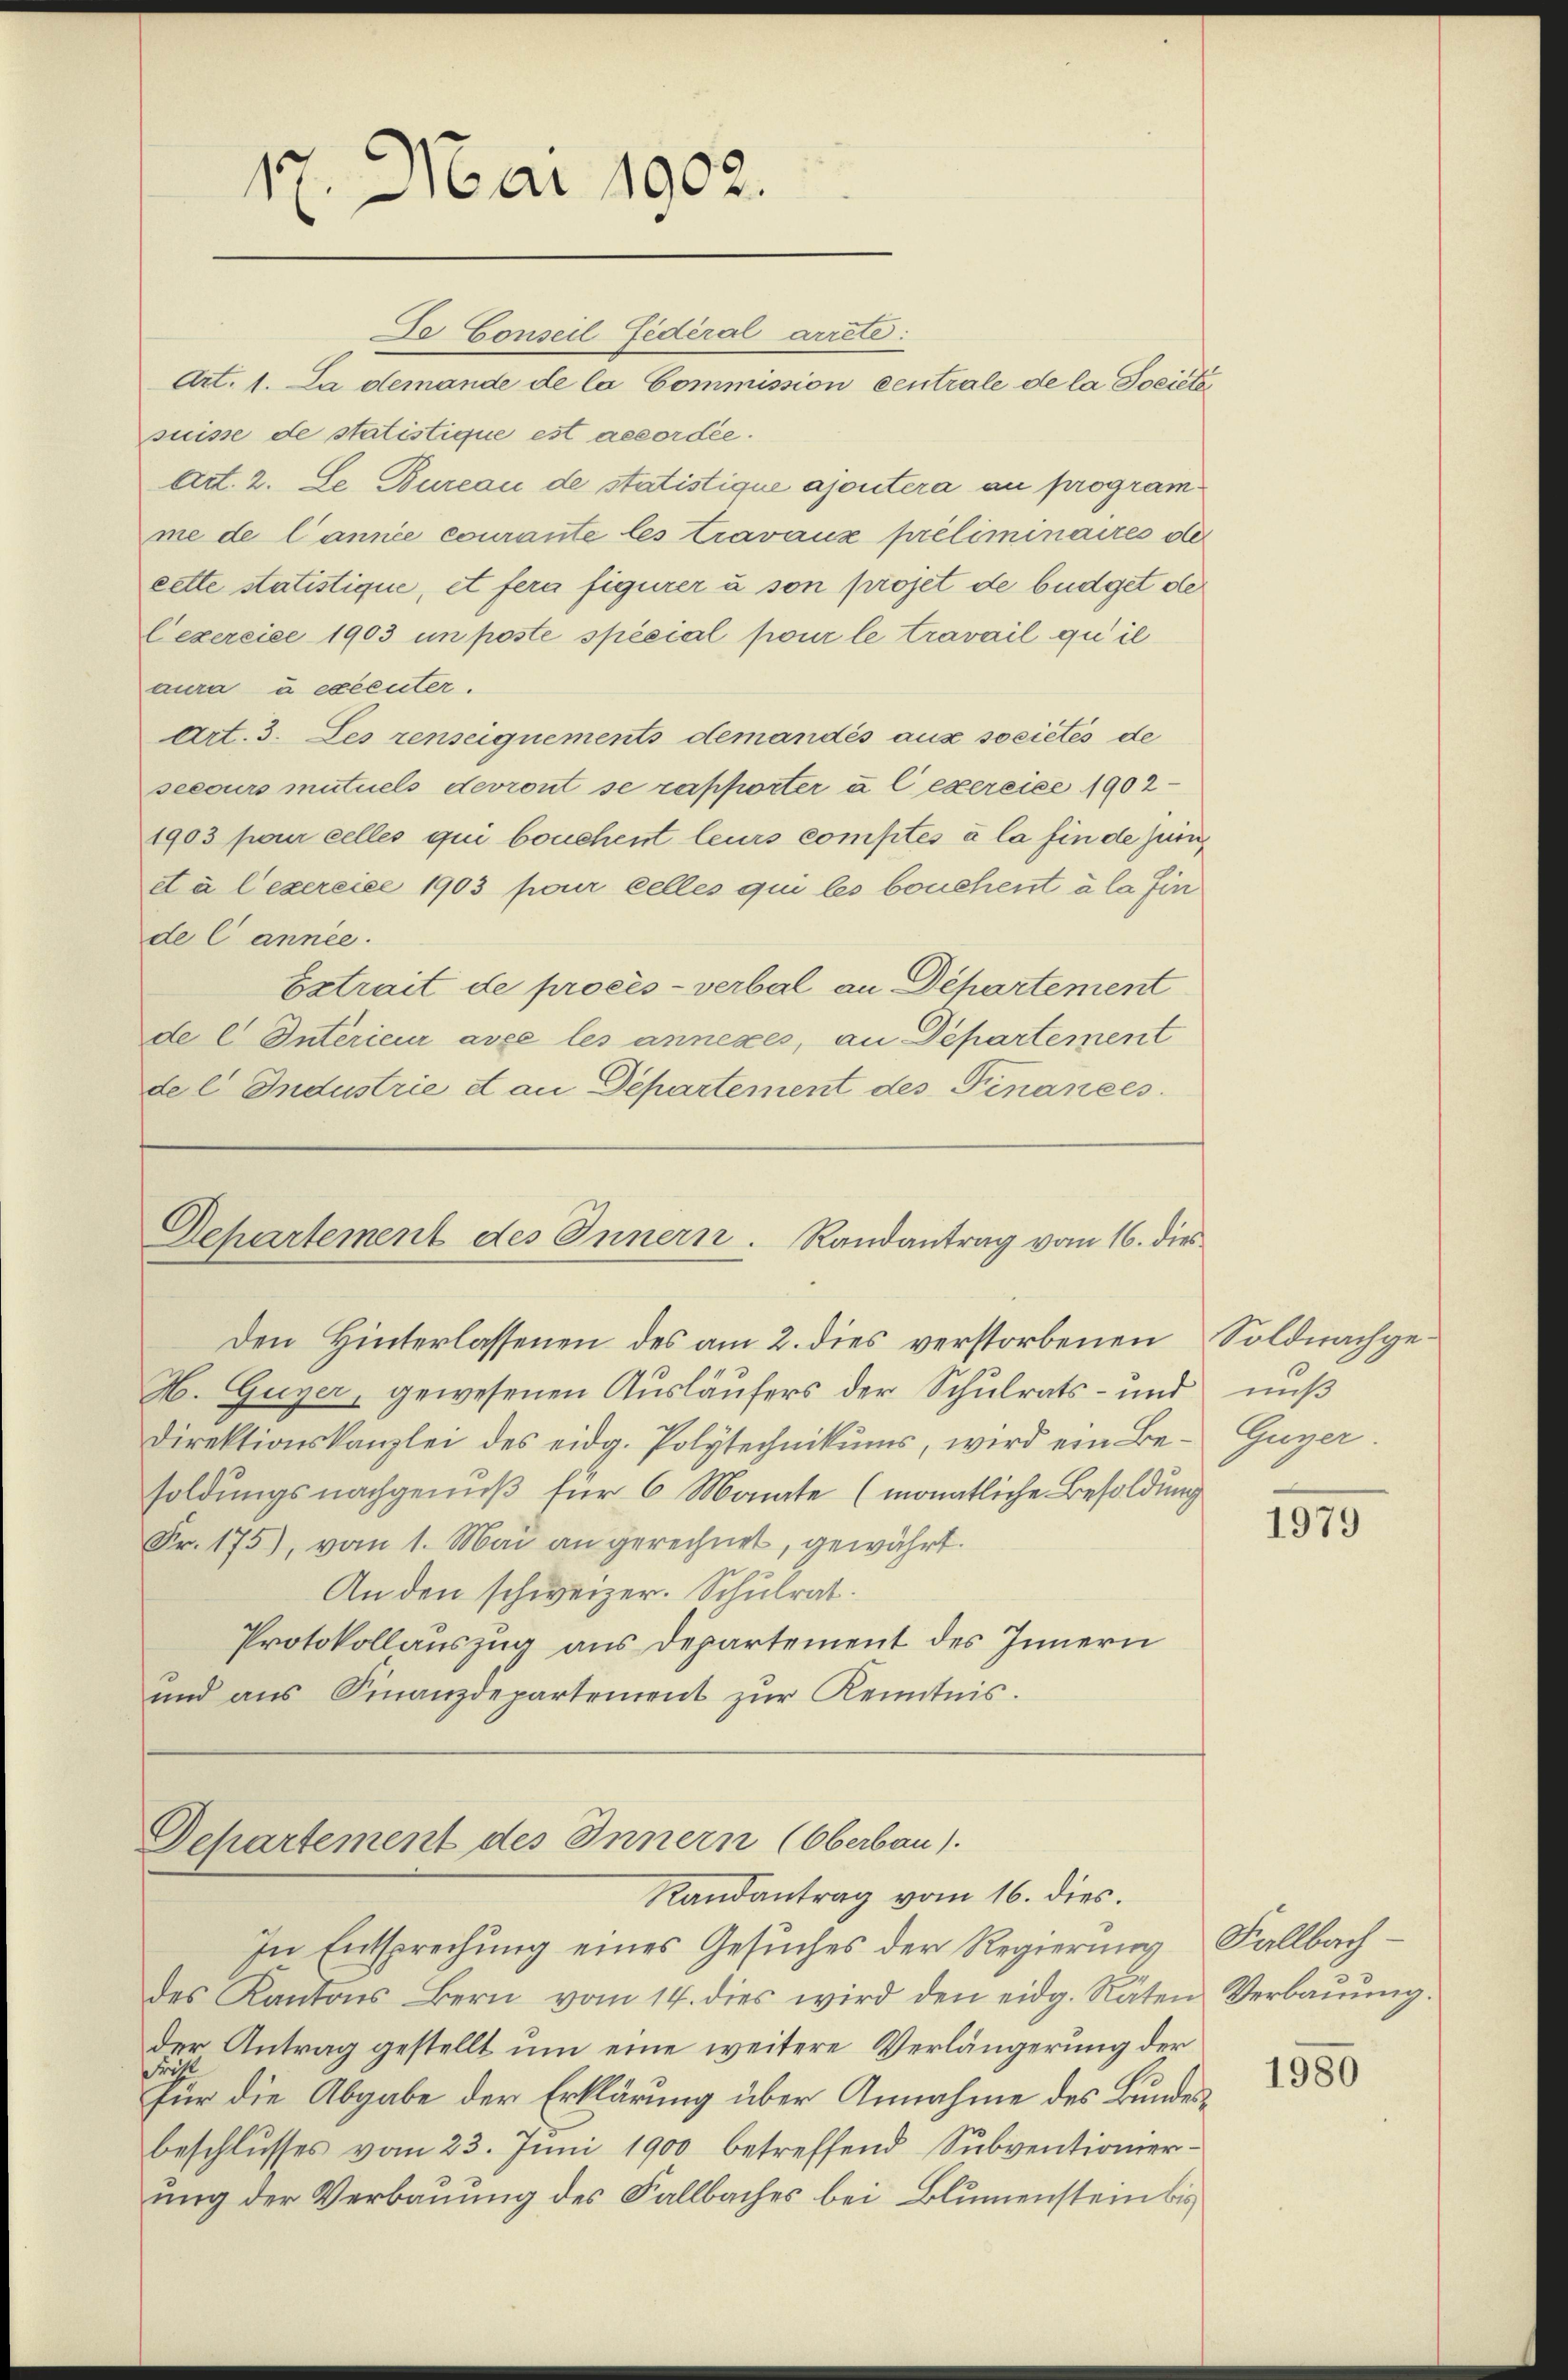
Da Conseil Federal arrete
Art. 1. La demande de la Commission centrale de la Societa
suisse de statistique est accordée.
Art. 2. Le Bureau de statistique ajoutera au programme de l’année courante les travaux préliminaires de
cette statistique, et fera figurer à son projet de büdget der
Cexercice 1903 in poste spécial pour le travail qu’il
aura u excenter.
Art. 3. Les renseiquements demandés aus sociétés de
secours mutuels devront se rapporter a l exercice 1902
1903 pour celles qui bouchent leurs comptés à la finde junet à lexercice 1903 pour celles qui les bouchent à la fin
de Cannée.
Extrait de procès-verbal an Departement
de C Interieur avec les annexes, an Departement
del Industrie dan Departement des Finances

17. Mai 1902.

H. Guyer, gewesenen Ausläufers der Schulrats- und muß
Direktionskanzlei des eidg. Polytechnikums, wird ein Be- Guyer
soldungsnachgenuß für 6 Monate (monatliche Besoldung
Fr. 175), vom 1. Mai an gerechnet, gewährt.
Anden schweizer. Schulrat.
Protokollauszug aus Departement des Innern
und ans Finanzdepartement zŭr Kenntnis.

Departement des Innern. Randantrag vom 16. dies
Den Hinterlassenen des am 2. dies verstorbenen Soldnachge¬

Departement des Innern (Oberbau).
Randantrag vom 16. dies.

In Entsprechung eines Gesuches der Regierung
des Kantons Bern vom 14. dies wird den eidg. Räten Verbaŭŭng.
der Antrag gestellt um eine weitere Verlängerung der
Für die Abgabe der Erklärung über Annahme des Bundesbeschlusses vom 23. Juni 1900 betreffend Subventionierung der Verbauung des Fallbaches bei Blumenstein bis

1979

Fallbach

1980